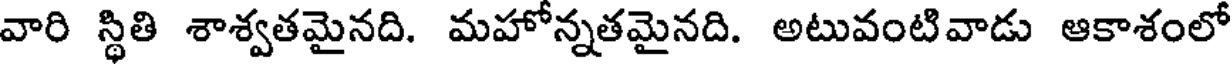
వారి స్థితి శాశ్వతమైనది. మహోన్నతమైనది. అటువంటివాడు ఆకాశంలో